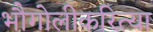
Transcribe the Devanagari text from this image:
भौगोलीकरित्या